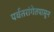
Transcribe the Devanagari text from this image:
पर्वतरांगेतपासून